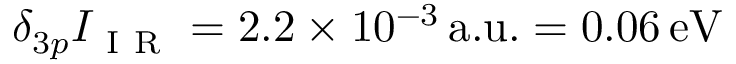
\delta _ { 3 p } I _ { \mathrm { ~ I ~ R ~ } } = 2 . 2 \times 1 0 ^ { - 3 } \, \mathrm { { a . u . } = 0 . 0 6 \, \mathrm { { e V } } }